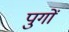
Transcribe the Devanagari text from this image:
पुगों